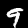
Digit: 9